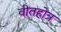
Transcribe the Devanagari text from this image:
वीतहोत्र